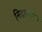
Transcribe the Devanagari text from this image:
निदानस्थान